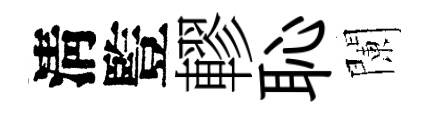
淸䜿轇恥闌